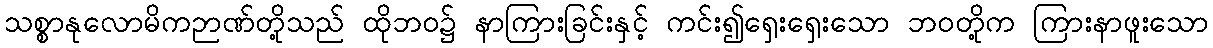
သစ္စာနုလောမိကဉာဏ်တို့သည် ထိုဘဝ၌ နာကြားခြင်းနှင့် ကင်း၍ရှေးရှေးသော ဘဝတို့က ကြားနာဖူးသော